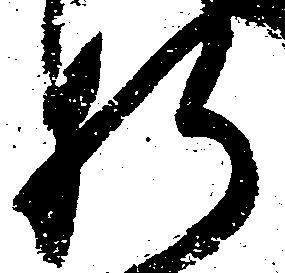
肝